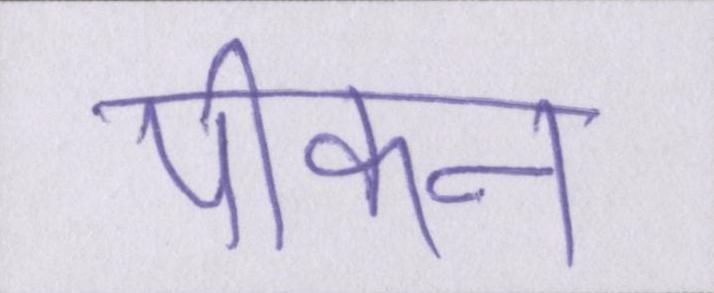
पीकन